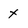
Character: X